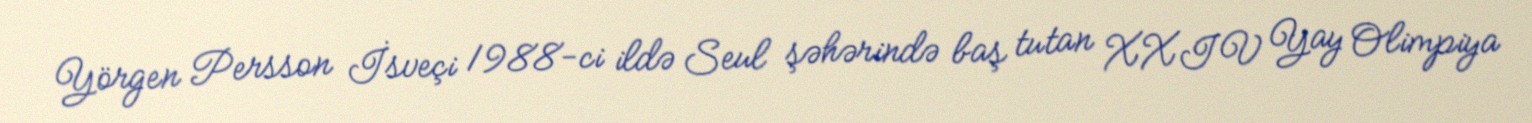
Yörgen Persson İsveçi 1988-ci ildə Seul şəhərində baş tutan XXIV Yay Olimpiya